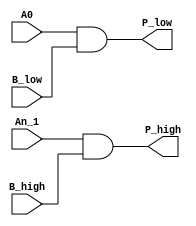
`timescale 1ns/1ns
module LUT_b(
    input           A0          ,
    input           B_low       ,
    input           An_1        ,
    input           B_high      ,
    output          P_high      ,
    output          P_low       //           
);

   assign P_high = An_1 & B_high;
   assign P_low = A0 & B_low;

endmodule // LUT_b